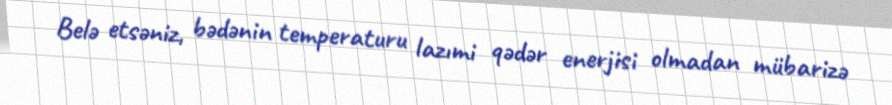
Belə etsəniz, bədənin temperaturu lazımi qədər enerjisi olmadan mübarizə